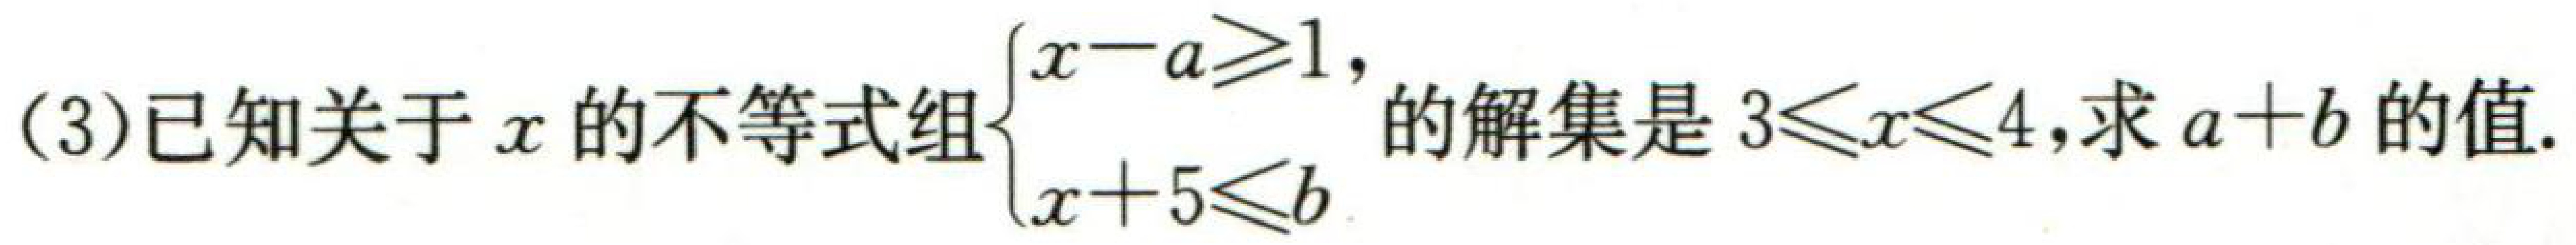
(3)已知关于\(x\)的不等式组\(\begin{cases}x - a\geqslant1,\\x + 5\leqslant b\end{cases}\)的解集是\(3\leqslant x\leqslant4\),求\(a + b\)的值.